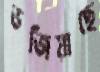
ভজিয়াছে